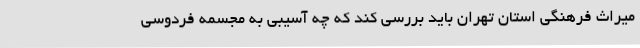
میراث فرهنگی استان تهران باید بررسی کند که چه آسیبی به مجسمه فردوسی